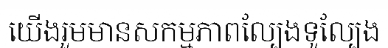
យើងរួមមានសកម្មភាពល្បែងទូល្បែង